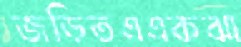
জড়িতএএকঝা